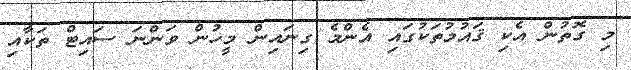
މި ގޮތުން އެކި ޤައުމުތަކުގައި އެންމެ ގިނައިން މީހުން ވަންނަ ސައިޓް ތަކާއި